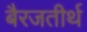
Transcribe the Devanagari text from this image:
बैरजतीर्थ